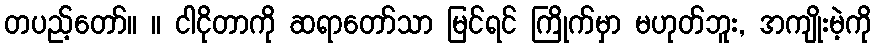
တပည့်တော်။ ။ ငါငိုတာကို ဆရာတော်သာ မြင်ရင် ကြိုက်မှာ မဟုတ်ဘူး, အကျိုးမဲ့ကို